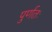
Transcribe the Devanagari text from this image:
पुर्णतः